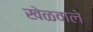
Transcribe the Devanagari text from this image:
खेळवाले